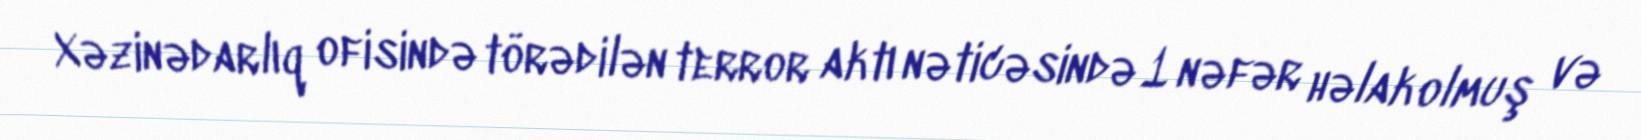
Xəzinədarlıq ofisində törədilən terror aktı nəticəsində 1 nəfər həlak olmuş və